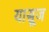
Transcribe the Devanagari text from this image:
यासूज